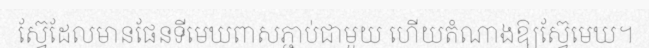
ស្វ៊ែដែលមានផែនទីមេឃពាសភ្ជាប់ជាមួយ ហើយតំណាងឱ្យស្វ៊ែមេឃ។